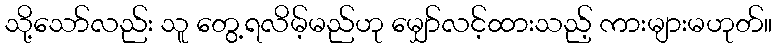
သို့သော်လည်း သူ တွေ့ရလိမ့်မည်ဟု မျှော်လင့်ထားသည့် ကားများမဟုတ်။